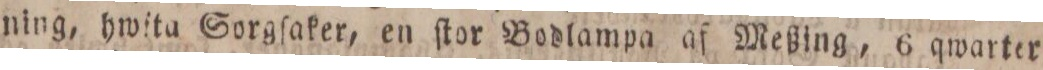
ning, hwita Sorgſaker, en ſtor Bodlampa af Meßing, 6 qwarter